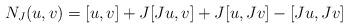
LaTeX: \begin{align*}N_J(u,v) = [u,v] + J[Ju,v]+J[u,Jv]-[Ju,Jv]\end{align*}